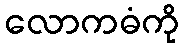
လောကဓံကို